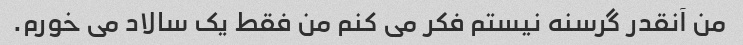
من آنقدر گرسنه نیستم فکر می کنم من فقط یک سالاد می خورم.